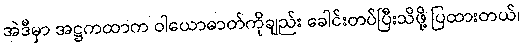
အဲဒီမှာ အဋ္ဌကထာက ဝါယောဓာတ်ကိုချည်း ခေါင်းတပ်ပြီးသိဖို့ ပြထားတယ်၊